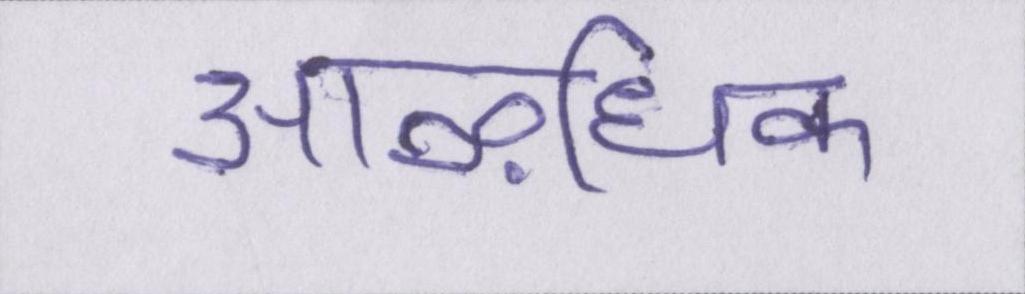
आऴधिक